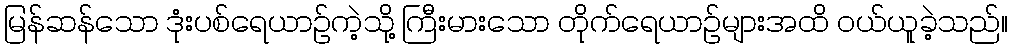
မြန်ဆန်သော ဒုံးပစ်ရေယာဉ်ကဲ့သို့ ကြီးမားသော တိုက်ရေယာဉ်များအထိ ဝယ်ယူခဲ့သည်။